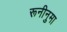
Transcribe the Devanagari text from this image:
रूनीनुमा